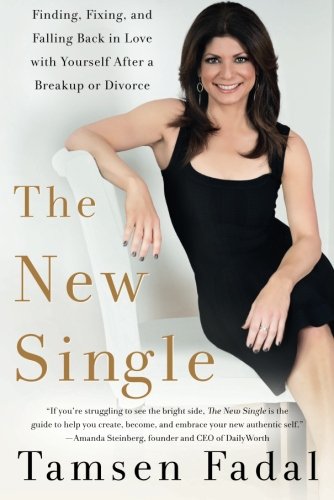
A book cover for The New Single: Finding, Fixing, and Falling Back in Love with Yourself After a Breakup or Divorce; Tamsen Fadal; Self-Help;